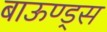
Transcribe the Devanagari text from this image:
बाऊण्ड्स